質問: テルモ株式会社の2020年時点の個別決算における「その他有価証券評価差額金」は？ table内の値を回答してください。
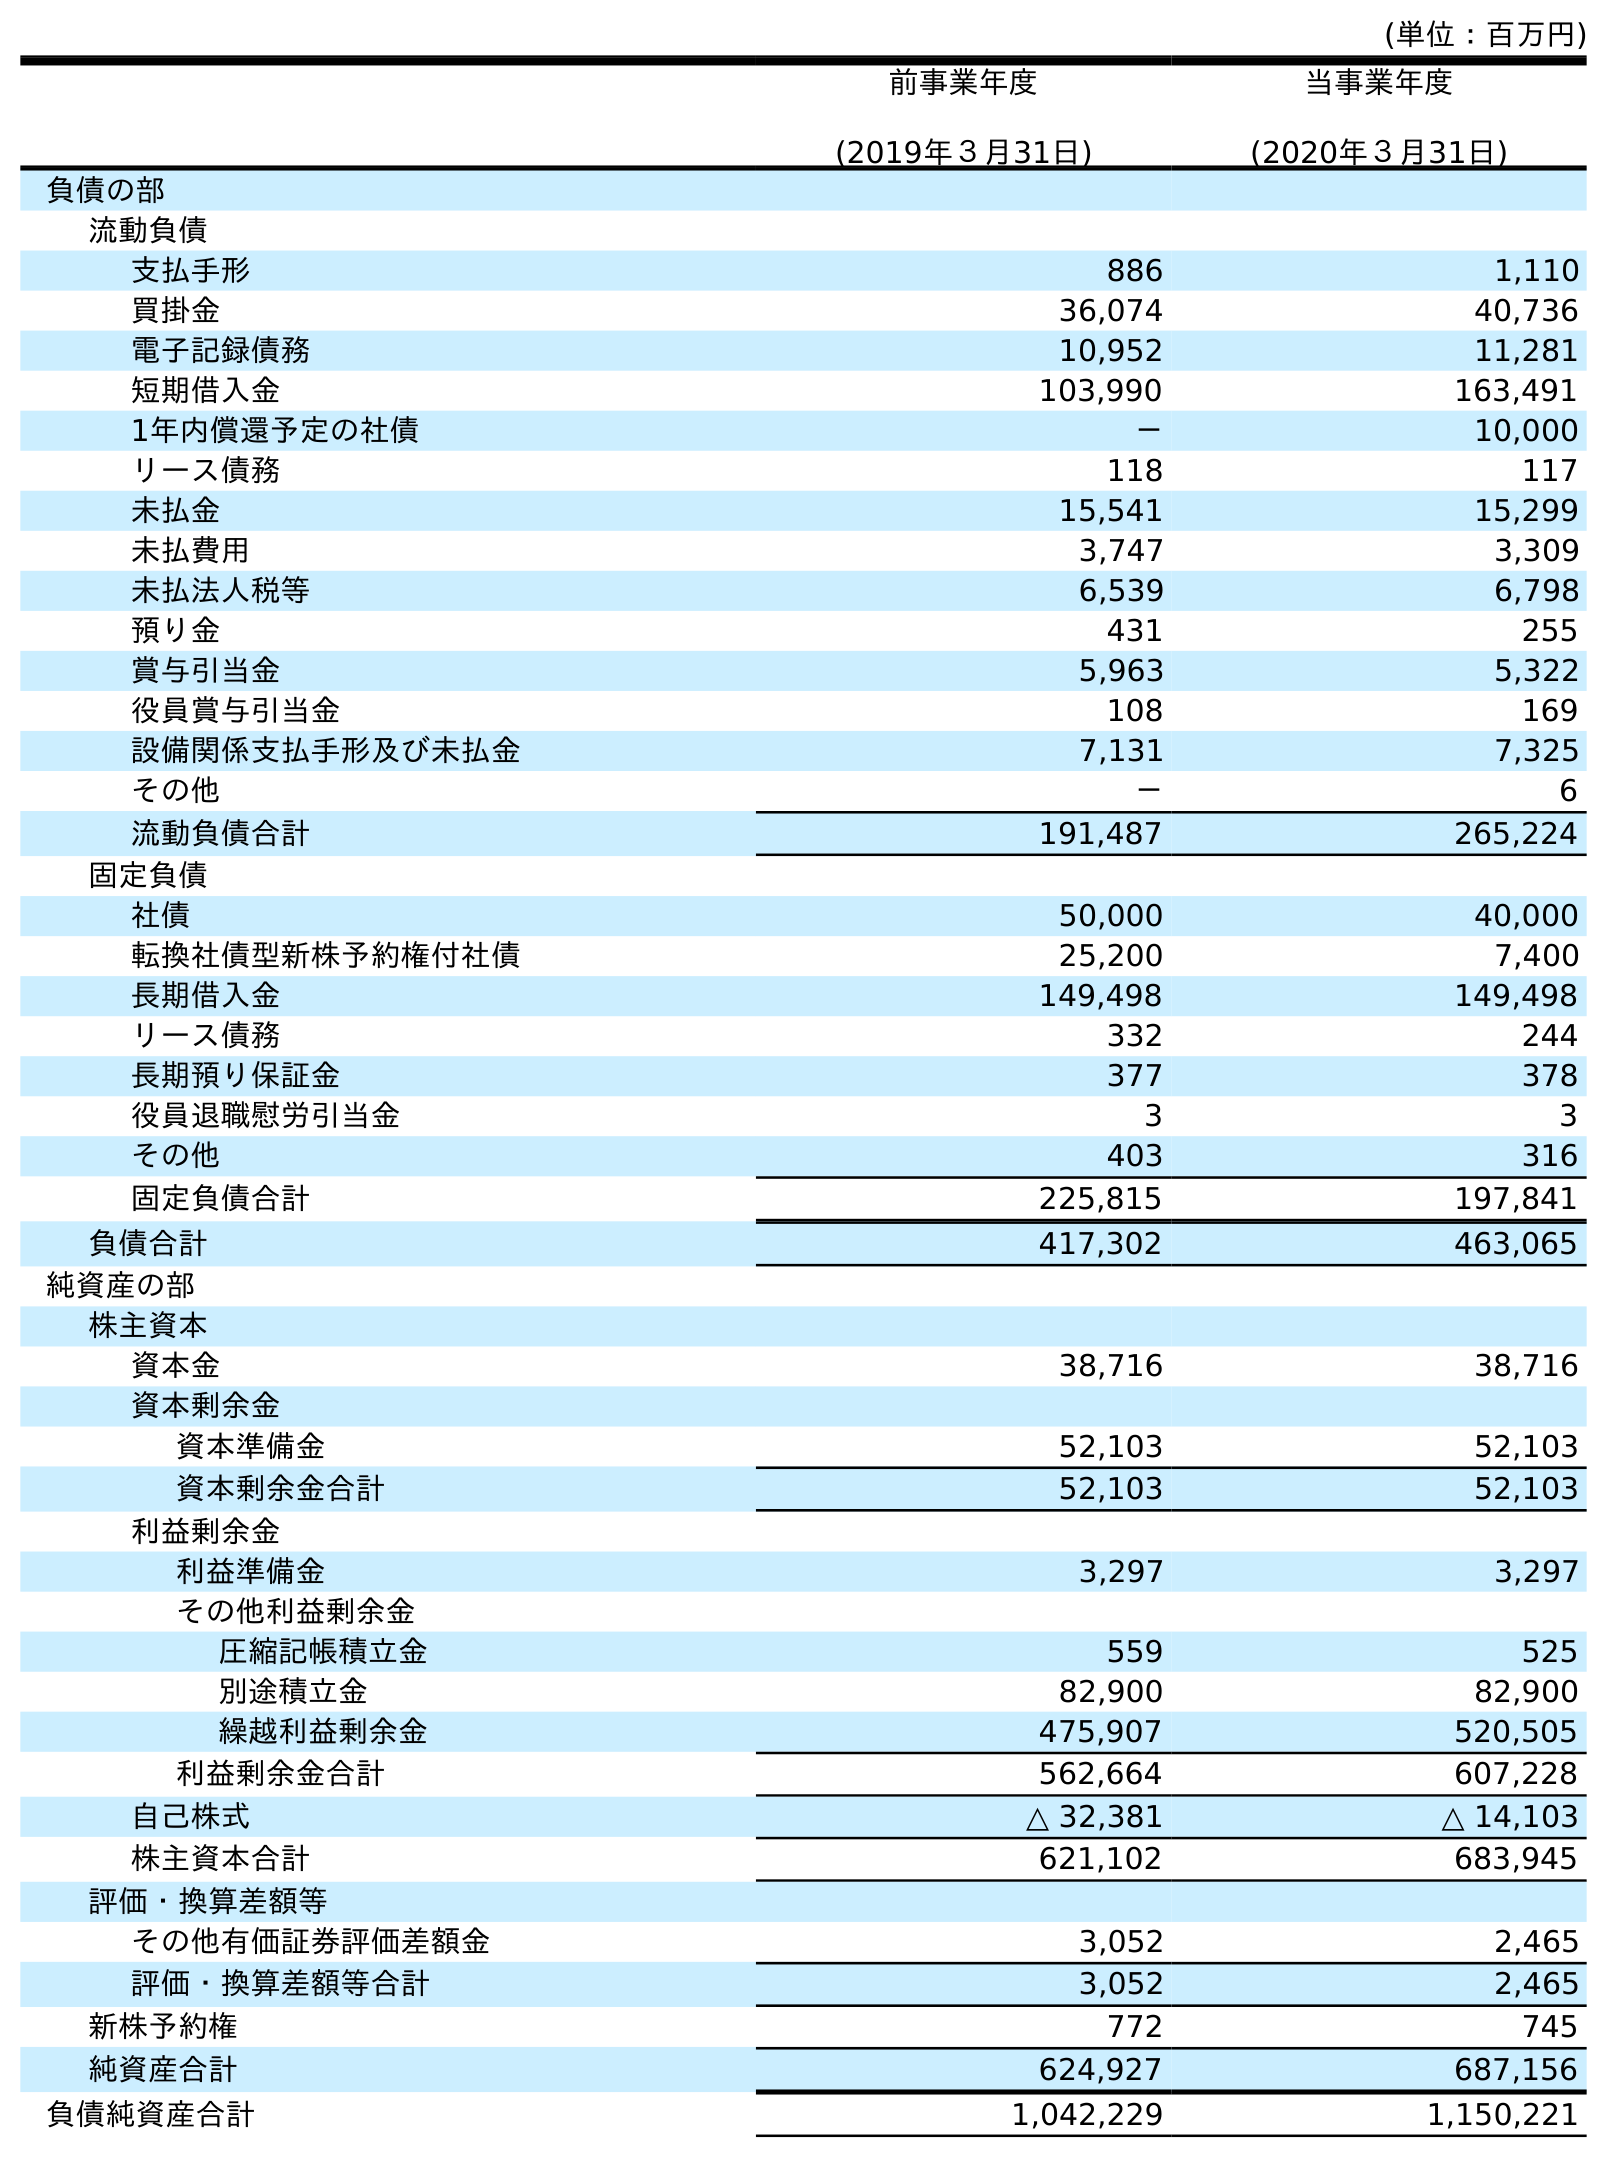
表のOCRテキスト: (単位：百万円) 前事業年度 (2019年３月31日) 当事業年度 (2020年３月31日) 負債の部 流動負債 支払手形 886 1,110 買掛金 36,074 40,736 電子記録債務 10,952 11,281 短期借入金 103,990 163,491 1年内償還予定の社債 － 10,000 リース債務 118 117 未払金 15,541 15,299 未払費用 3,747 3,309 未払法人税等 6,539 6,798 預り金 431 255 賞与引当金 5,963 5,322 役員賞与引当金 108 169 設備関係支払手形及び未払金 7,131 7,325 その他 － 6 流動負債合計 191,487 265,224 固定負債 社債 50,000 40,000 転換社債型新株予約権付社債 25,200 7,400 長期借入金 149,498 149,498 リース債務 332 244 長期預り保証金 377 378 役員退職慰労引当金 3 3 その他 403 316 固定負債合計 225,815 197,841 負債合計 417,302 463,065 純資産の部 株主資本 資本金 38,716 38,716 資本剰余金 資本準備金 52,103 52,103 資本剰余金合計 52,103 52,103 利益剰余金 利益準備金 3,297 3,297 その他利益剰余金 圧縮記帳積立金 559 525 別途積立金 82,900 82,900 繰越利益剰余金 475,907 520,505 利益剰余金合計 562,664 607,228 自己株式 △ 32,381 △ 14,103 株主資本合計 621,102 683,945 評価・換算差額等 その他有価証券評価差額金 3,052 2,465 評価・換算差額等合計 3,052 2,465 新株予約権 772 745 純資産合計 624,927 687,156 負債純資産合計 1,042,229 1,150,221
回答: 2,465